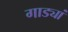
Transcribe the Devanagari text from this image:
गाड्यां